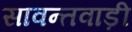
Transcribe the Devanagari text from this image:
सावन्तवाड़ी